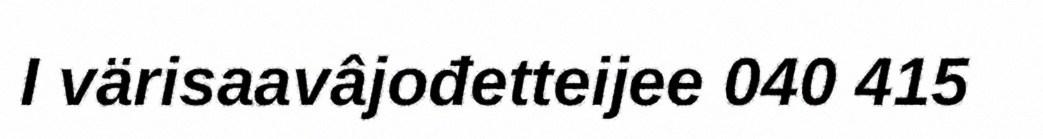
I värisaavâjođetteijee 040 415